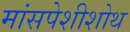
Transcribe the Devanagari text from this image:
मांसपेशीशोथ